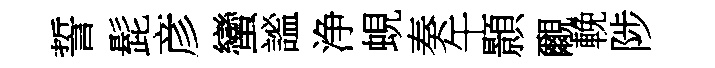
誓髭彦蠻謐浄蜆奏午顥覼輓陟